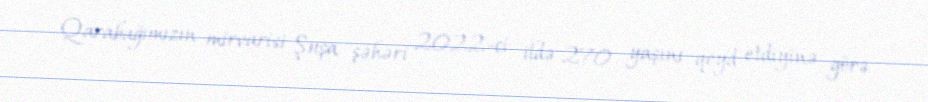
Qarabağımızın mirvarisi Şuşa şəhəri 2022-ci ildə 270 yaşını qeyd etdiyinə görə